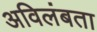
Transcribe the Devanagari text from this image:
अविलंबता